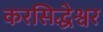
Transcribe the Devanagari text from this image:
करसिद्धेश्वर